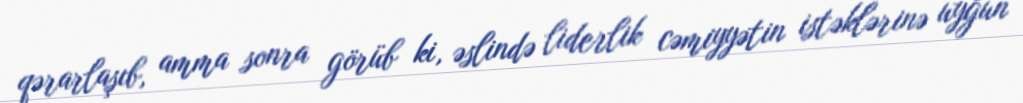
qərarlaşıb, amma sonra görüb ki, əslində liderlik cəmiyyətin istəklərinə uyğun